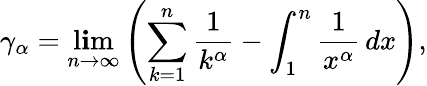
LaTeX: \gamma_{\alpha}=\operatorname*{l\mathbf{i}m}_{n\to\infty}\left(\sum_{k=1}^{n}{\frac{{1}}{{k^{\alpha}}}}-\int_{1}^{n}{\frac{{1}}{{x^{\alpha}}}}\, dx\right),